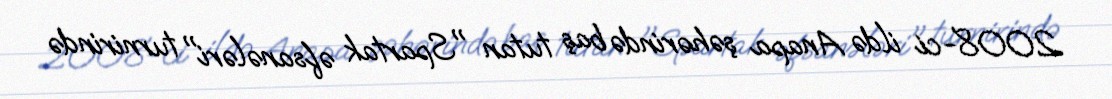
2008-ci ildə Anapa şəhərində baş tutan "Spartak əfsanələri" turnirində